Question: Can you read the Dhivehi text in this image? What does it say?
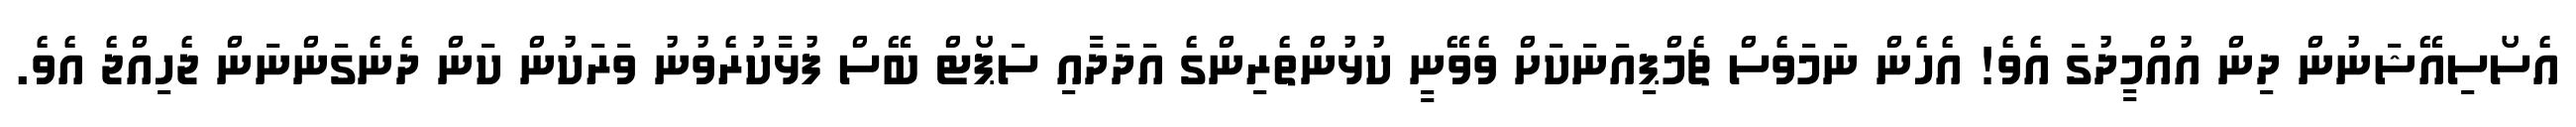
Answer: އެސޯސިއޭޝަނުން ދިން އުއްމީދުގަ އެވެ! އެހެން ނަމަވެސް ޗެމްޕިއަނަކަށް ވެވޭނީ ކުޅުންތެރިންގެ އަދަދާއި ސަޕޯޓް ބޭސް ފުޅާކުރެވުނު ވަރަކުން ކަން ދެނެގަންނަން ޖެހިއްޖެ އެވެ.